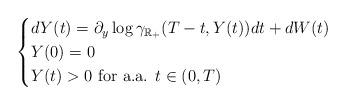
LaTeX: \begin{align*}\begin{cases}dY(t)=\partial_y\log\gamma_{\mathbb{R}_+}(T-t,Y(t))dt+dW(t) \\Y(0)=0 \\Y(t)>0 \mbox{ for a.a. } t\in (0,T)\end{cases}\end{align*}